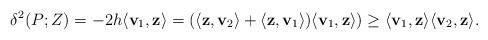
\begin{align*}\delta^2(P; Z) = -2h \langle \mathbf{v}_1, \mathbf{z} \rangle=(\langle \mathbf{z}, \mathbf{v}_2 \rangle +\langle \mathbf{z}, \mathbf{v}_1 \rangle)\langle \mathbf{v}_1,\mathbf{z} \rangle)\ge\langle \mathbf{v}_1, \mathbf{z} \rangle\langle \mathbf{v}_2, \mathbf{z} \rangle.\end{align*}